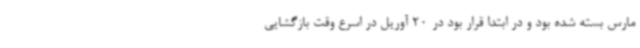
مارس بسته شده بود و در ابتدا قرار بود در 20 آوریل در اسرع وقت بازگشایی